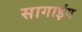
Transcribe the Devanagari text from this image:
सागाइंग